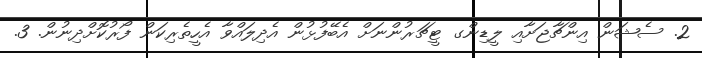
2. ސެޝަން އިންޗާޖަށާއި ލީޑިންގ ޓީޗަރުންނަށް އެބޭފުޅުން އެދިލައްވާ އެހީތެރިކަން ފޯރުކޮށްދިނުން. 3.